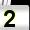
Digit: 2